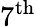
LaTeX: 7^{\textrm{th}}